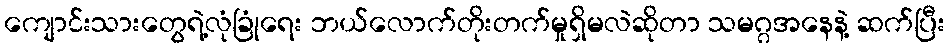
ကျောင်းသားတွေရဲ့လုံခြုံရေး ဘယ်လောက်တိုးတက်မှုရှိမလဲဆိုတာ သမဂ္ဂအနေနဲ့ ဆက်ပြီး